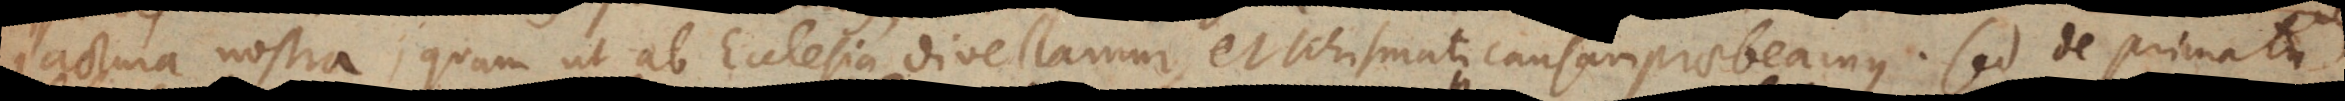
jactura nostra, quam ut ab Ecclesia divellamur, et schismati causam praebeamus. Sed de primatu